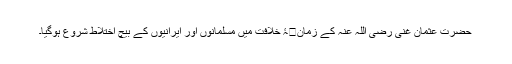
حضرت عثمان غنی رضی اللہ عنہ کے زمان�ۂ خلافت میں مسلمانوں اور ایرانیوں کے بیچ اختلاط شروع ہوگیا۔